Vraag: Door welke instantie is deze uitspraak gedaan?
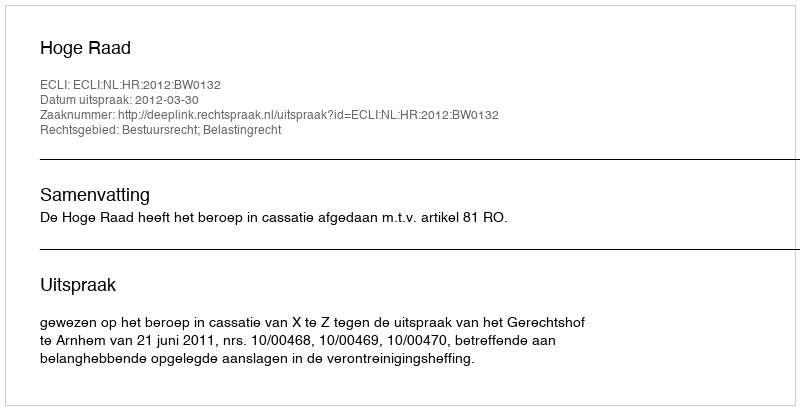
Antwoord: Hoge Raad